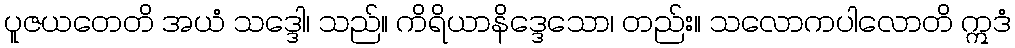
ပူဇယတေတိ အယံ သဒ္ဒေါ၊ သည်။ ကိရိယာနိဒ္ဒေသော၊ တည်း။ သလောကပါလောတိ ဣဒံ